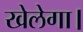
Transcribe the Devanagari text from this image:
खेलेगा।